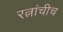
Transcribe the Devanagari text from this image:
रत्नांचीच